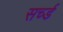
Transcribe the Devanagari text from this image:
सर्च्ड